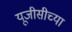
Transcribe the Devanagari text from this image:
यूजीसीच्या